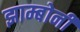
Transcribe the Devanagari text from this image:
झाम्बोनी